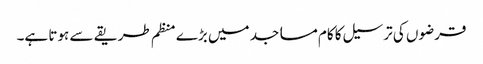
قرضوں کی ترسیل کا کام مساجد میں بڑے منظم طریقے سے ہوتا ہے۔